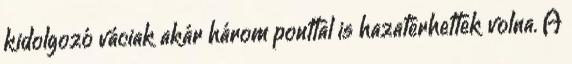
kidolgozó váciak akár három ponttal is hazatérhettek volna. A